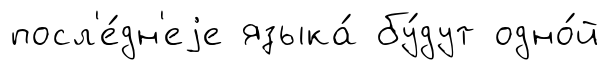
посл'е́дн'еjе языка́ бу́дут одно́й